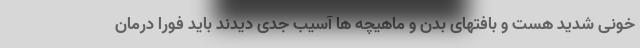
خونی شدید هست و بافتهای بدن و ماهیچه ها آسیب جدی دیدند باید فورا درمان